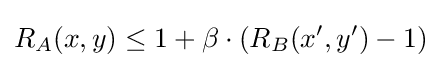
R_{A}(x,y)\leq 1+\beta \cdot (R_{B}(x',y')-1)